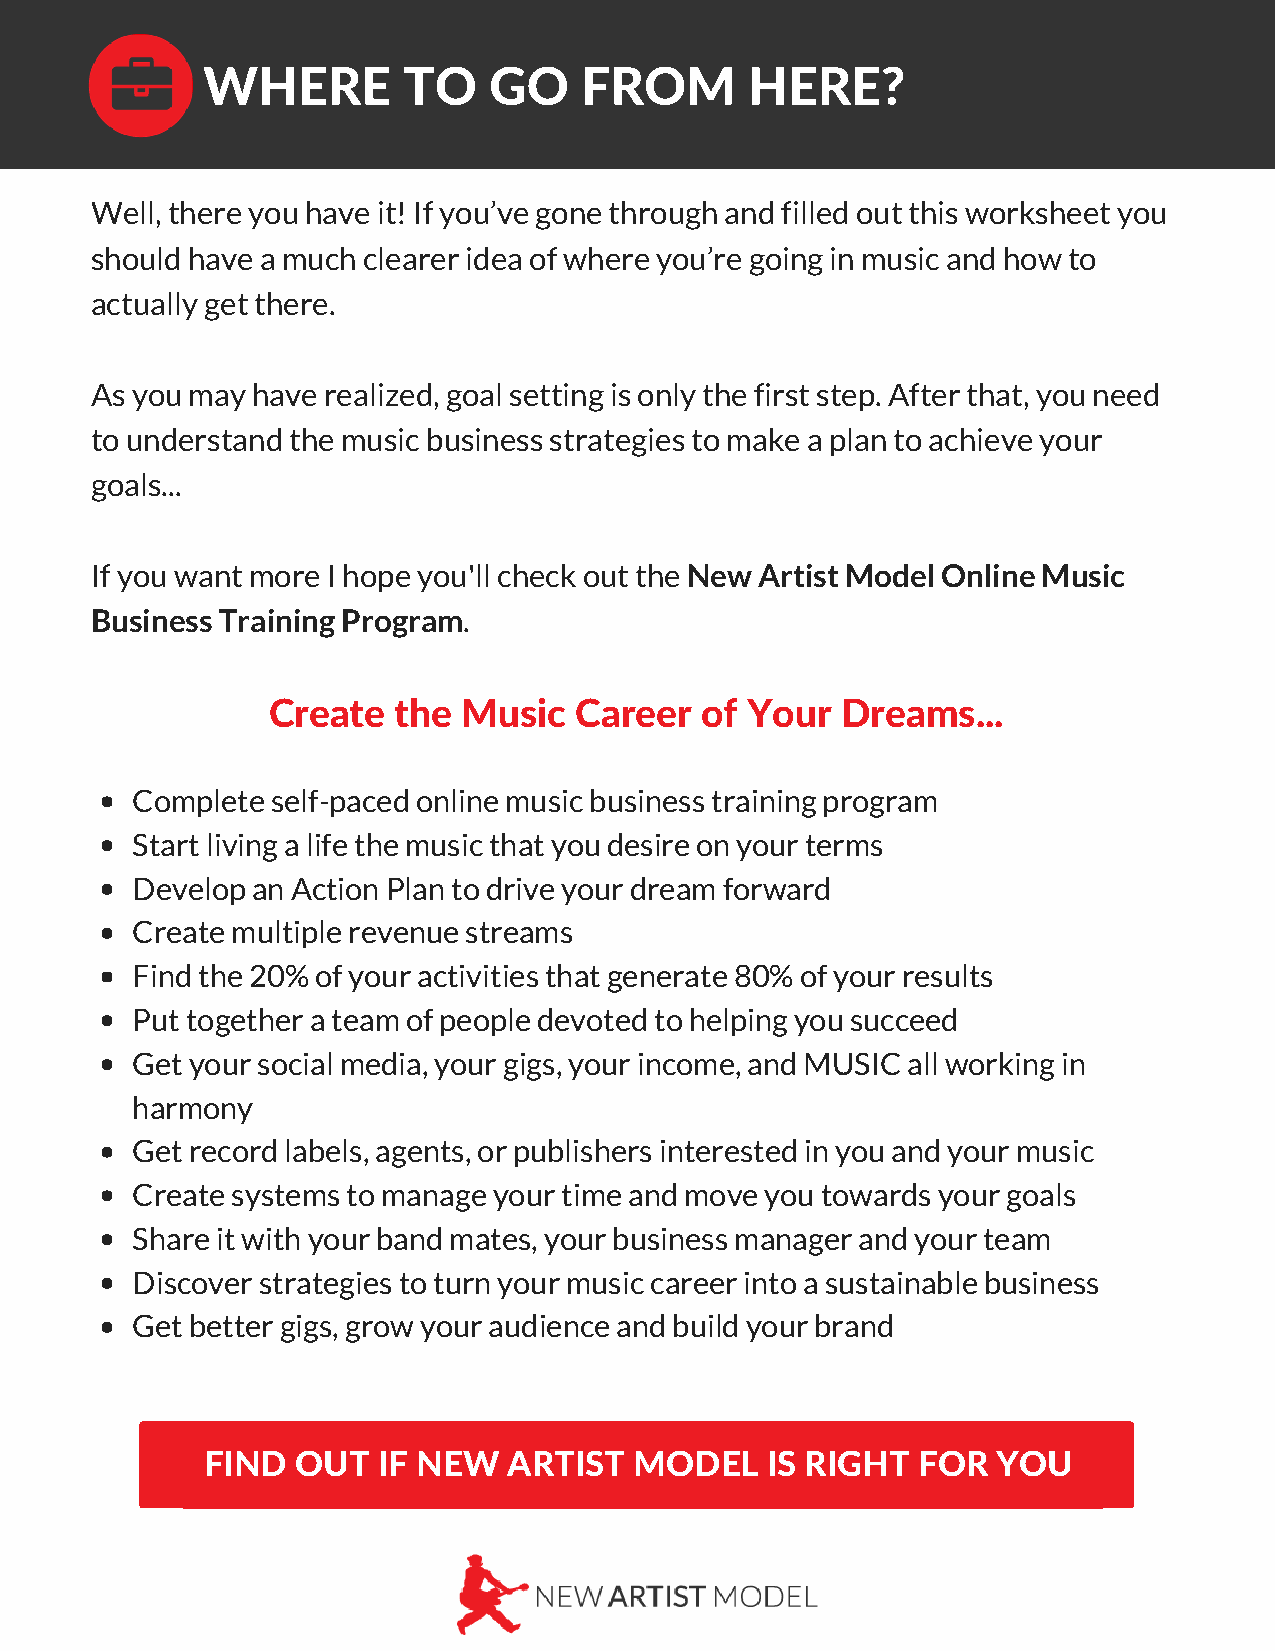
WHERE         TO   GO    FROM        HERE?
 Well, there you have it! If you’ve gone through and filled out this worksheet you
 should have a much clearer idea of where you’re going in music and how to
 actually get there.
 As you may have realized, goal setting is only the first step. After that, you need
 to understand the music business strategies to make a plan to achieve your
 goals...
 If you want more I hope you'll check out the New Artist Model Online Music
 Business Training Program.
 Create  the  Music  Career  of Your   Dreams...
 Complete self-paced online music business training program
 Start living a life the music that you desire on your terms
 Develop an Action Plan to drive your dream forward
 Create multiple revenue streams
 Find the 20% of your activities that generate 80% of your results
 Put together a team of people devoted to helping you succeed
 Get your social media, your gigs, your income, and MUSIC all working in
 harmony
 Get record labels, agents, or publishers interested in you and your music
 Create systems to manage your time and move you towards your goals
 Share it with your band mates, your business manager and your team
 Discover strategies to turn your music career into a sustainable business
 Get better gigs, grow your audience and build your brand
 FIND   OUT  IF NEW   ARTIST  MODEL    IS RIGHT  FOR  YOU